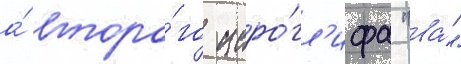
а́ второ́го иеро́гл'ифа "ва́"